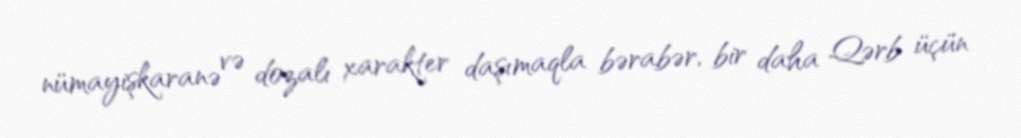
nümayişkaranə və dozalı xarakter daşımaqla bərabər, bir daha Qərb üçün